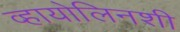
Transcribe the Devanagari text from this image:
व्हायोलिनशी